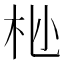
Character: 𫴺